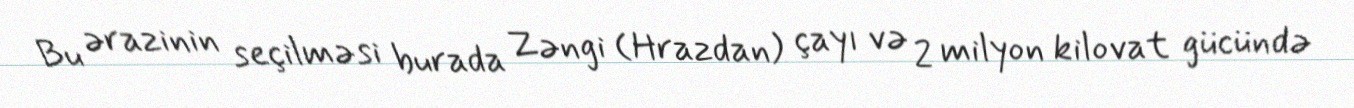
Bu ərazinin seçilməsi burada Zəngi (Hrazdan) çayı və 2 milyon kilovat gücündə